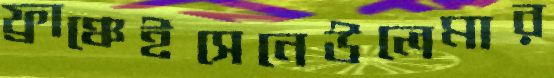
ফ্রাঞ্চেইসেনেউলেমার